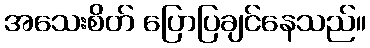
အသေးစိတ် ပြောပြချင်နေသည်။